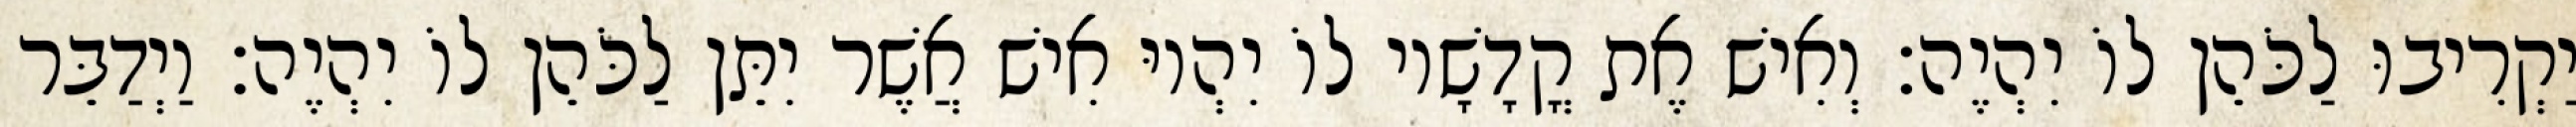
יַקְרִיבוּ לַכֹּהֵן לוֹ יִהְיֶה׃ וְאִישׁ אֶת קֳדָשָׁיו לוֹ יִהְיוּ אִישׁ אֲשֶׁר יִתֵּן לַכֹּהֵן לוֹ יִהְיֶה׃ וַיְדַבֵּר